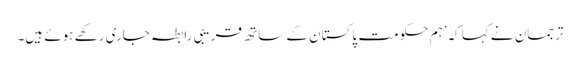
ترجمان نے کہا کہ’ہم حکومت ِ پاکستان کے ساتھ قریبی رابطہ جاری رکھے ہوئے ہیں۔